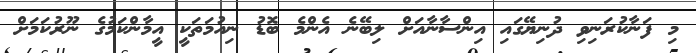
މި ފަނާކުރަނިވި ދުނިޔޭގައި އިންސާނާއަށް ލިބޭނެ އެންމެ ބޮޑު ނިއުމަތަކީ އީމާންކަމުގެ ނޫރުކަމަށް